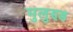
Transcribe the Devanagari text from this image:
मुलुण्ड